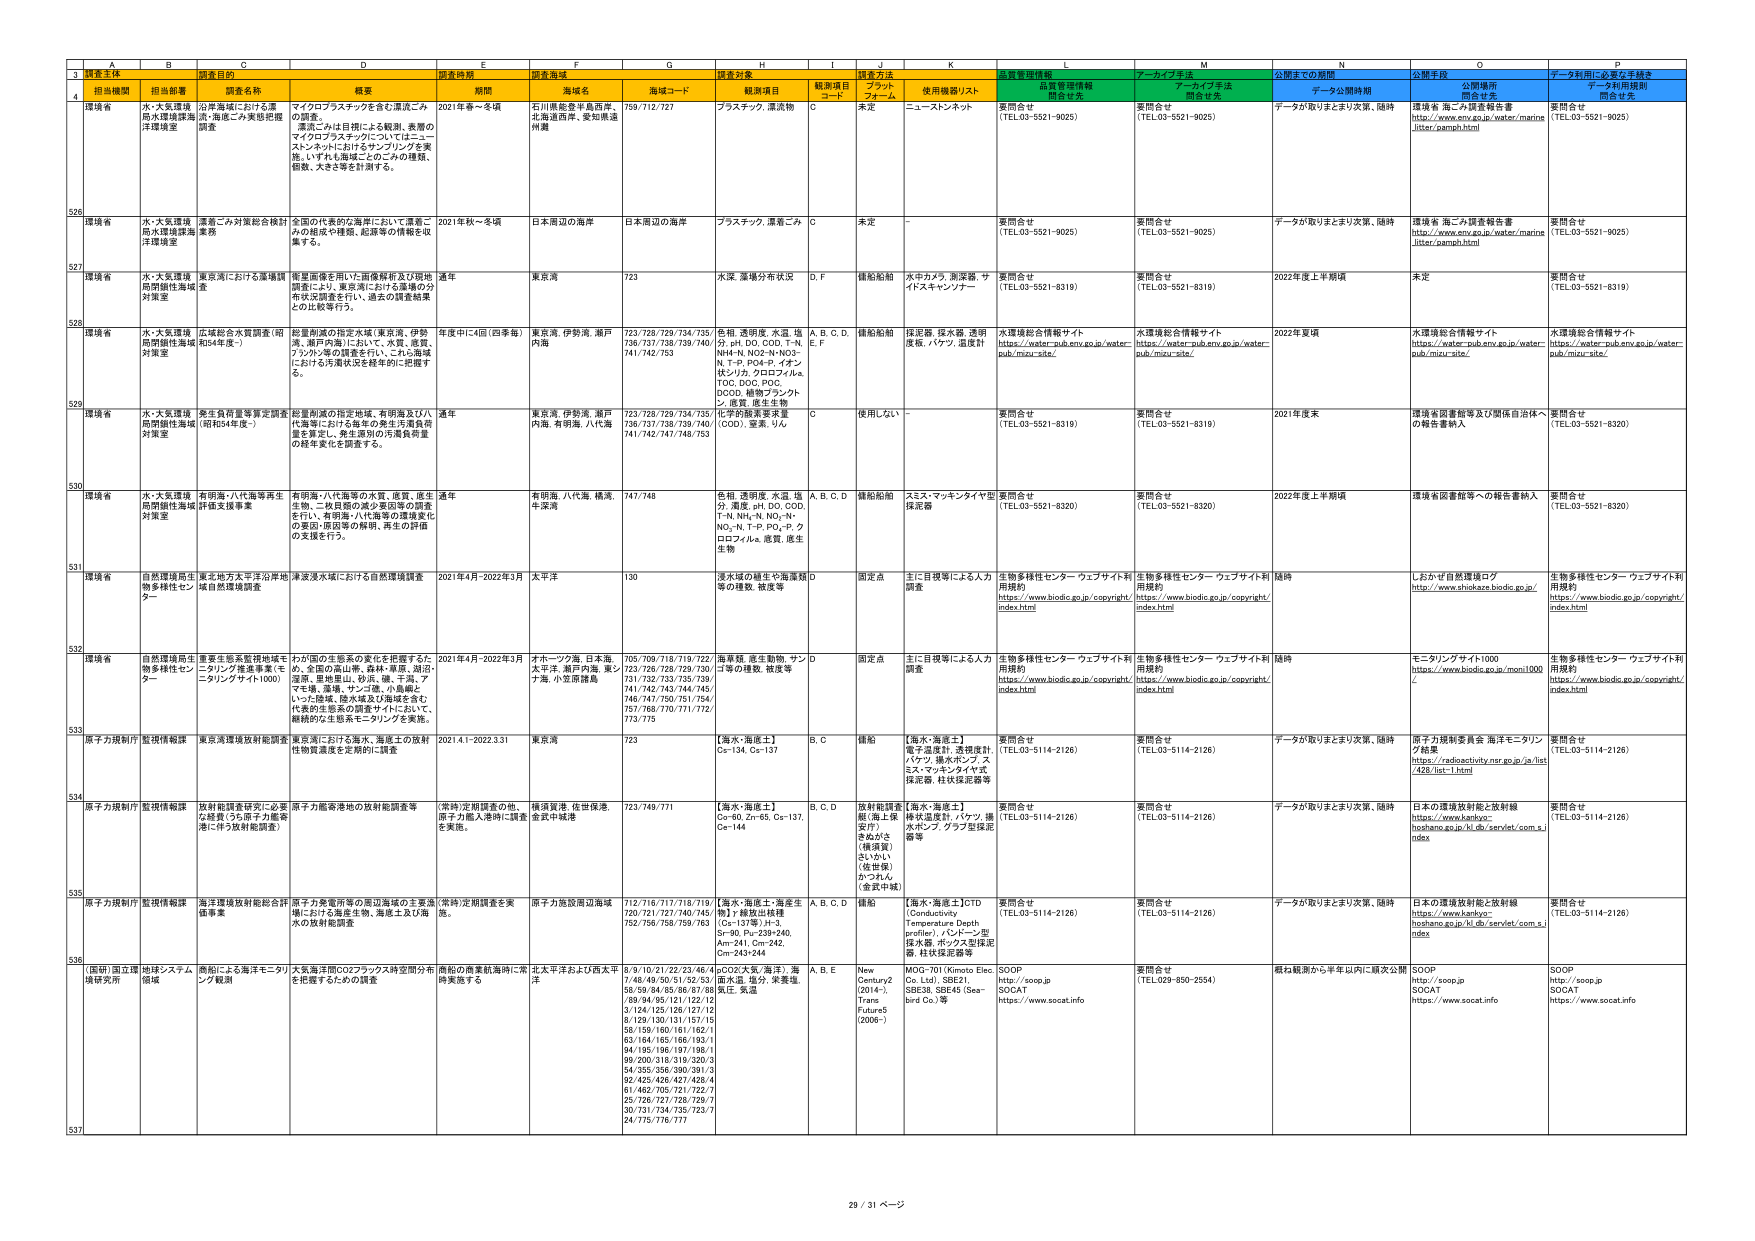
A
B
C
D
E
F
G
H
I
J
K
L
M
N
O
P
3
調査主体
調査時期
調査海域
調査対象
監視管理情報
公開までの期間
公開手段
データ利用に必要な手続き
4
担当機関
担当部署
調査名称
概要
期間
海域名
海域コード
観測項目
観測項目コード
調査方法
ブロットフォーム
使用機器リスト
関係合先
データ公開時期
公開場所
関係合先
データ利用規則
関係合先
526
環境省
水・大気環境局水環境課海洋環境室
漂着ごみ対策総合検討業務
全国の代表的な海岸において漂着ごみの組成や種類、起源等の情報を収集する。
2021年秋～冬頃
日本周辺の海岸
日本周辺の海岸
プラスチック、漂着ごみ
C
未定
-
要問合せ
(TEL03-5521-9025)
要問合せ
(TEL03-5521-9025)
データが取りまとまり次第、随時
環境省 海ごみ調査報告書
http://www.env.go.jp/water/marine litter/pamph.html
要問合せ
(TEL03-5521-9025)
527
環境省
水・大気環境局持続性海域対策室
東京湾における藻類調査
衛星画像を用いた画像解析及び現地調査により、東京湾における藻類の分布状況調査を行い、過去の調査結果との比較等行う。
通年
東京湾
723
水深、藻場分布状況
D, F
錐船船舶
水中カメラ、測深器、サイトスキャンナー
要問合せ
(TEL03-5521-8319)
要問合せ
(TEL03-5521-8319)
2022年度上半期頃
未定
要問合せ
(TEL03-5521-8319)
528
環境省
水・大気環境局持続性海域対策室
広域総合水質調査（昭和54年度～）
総量削減の指定水域（東京湾、伊勢湾、瀬戸内海）において、水質、底質、プランクトン等の調査を行い、これら海域における汚濁状況を経年的に把握する。
年度中に4回（四季毎）
東京湾、伊勢湾、瀬戸内海
723/728/729/734/735/736/737/738/739/740/741/742/753
色相、透明度、水温、塩分、濁度、pH、DO、COD、T-N、NH4-N、NO2-N、NO3-N、T-P、PO4-P、イオン状シリカ、クロロフィルa、TOD、DOC、POC、DCOD、植物プランクトン、底質、底生生物
A, B, C, D, E, F
錐船船舶
採泥器、採水器、透明度板、バケット、温度計
水環境総合情報サイト
https://water-pub.env.go.jp/water-pub/mizur-site/
水環境総合情報サイト
https://water-pub.env.go.jp/water-pub/mizur-site/
2022年夏頃
水環境総合情報サイト
https://water-pub.env.go.jp/water-pub/mizur-site/
水環境総合情報サイト
https://water-pub.env.go.jp/water-pub/mizur-site/
529
環境省
水・大気環境局持続性海域対策室
多生質再現等実定調査（昭和54年度～）
総量削減の指定地域、有明海及び八代海等における毎年の発生汚濁負荷量を算定し、発生源別の汚濁負荷量の経年変化を調査する。
通年
東京湾、伊勢湾、瀬戸内海、有明海、八代海
723/728/729/734/735/736/737/738/739/740/741/742/747/748/753
化学的酸素要求量（COD）、窒素、りん
C
使用しない
要問合せ
(TEL03-5521-8319)
要問合せ
(TEL03-5521-8319)
2021年度末
環境省 回避総合及び関係自治体への報告書納入
要問合せ
(TEL03-5521-8320)
530
環境省
水・大気環境局持続性海域対策室
有明海・八代海等再生計画支援事業
有明海・八代海等の水質、底質、底生生物、一般景観の約2年回復の調査を行い、有明海・八代海等の環境変化の原因・原因等の解明、再生の計画の支援を行う。
通年
有明海、八代海、横浜、牛深湾
747/748
色相、透明度、水温、塩分、濁度、pH、DO、COD、T-N、NH4-N、NO3-N、NO2-N、T-P、PO4-P、クロロフィルa、底質、底生生物
A, B, C, D
錐船船舶
スミス・マッキンタイヤ型採泥器
要問合せ
(TEL03-5521-8320)
要問合せ
(TEL03-5521-8320)
2022年度上半期頃
環境省 回避総合等への報告書納入
要問合せ
(TEL03-5521-8320)
531
環境省
自然環境局生物多様性センター
東北地方太平洋沖地震域自然環境調査
津波浸水域における自然環境調査
2021年4月～2022年3月
太平洋
130
浸水域の植生や海底様等の種類、被度等
D
固定点
主に目視等による人力調査
生物多様性センター ウェブサイト利用規約
https://www.biodic.go.jp/copyright/index.html
生物多様性センター ウェブサイト利用規約
https://www.biodic.go.jp/copyright/index.html
随時
しおかぜ自然環境ログ
http://www.shiokaze.biodic.go.jp/
生物多様性センター ウェブサイト利用規約
https://www.biodic.go.jp/copyright/index.html
532
環境省
自然環境局生物多様性センター
重要生態系監視地域モニタリング推進事業（モニタリングサイト1000）
わが国の生態系の変化を把握するため、全国の富山県、新潟・県境、福井・滋賀、里地里山、砂浜、磯、干潟、アマモ場、湿地、サンゴ場、小島嶼といった陸域・陸水域及び海域を含む代表的生態系の調査サイトにおいて、継続的な生態系モニタリングを実施。
2021年4月～2022年3月
オホーツク海、日本海、太平洋、瀬戸内海、東シナ海、小笠原諸島
705/709/718/719/722/723/726/728/729/730/731/732/733/735/739/741/742/743/744/745/746/747/750/751/754/757/768/770/771/772/773/775
海岸植、底生動物、サンゴ等の種数、被度等
D
固定点
主に目視等による人力調査
生物多様性センター ウェブサイト利用規約
https://www.biodic.go.jp/copyright/index.html
生物多様性センター ウェブサイト利用規約
https://www.biodic.go.jp/copyright/index.html
随時
モニタリングサイト1000
https://www.biodic.go.jp/monit1000/
生物多様性センター ウェブサイト利用規約
https://www.biodic.go.jp/copyright/index.html
533
原子力規制庁
監視情報課
東京湾環境放射能調査
東京湾における海水、海底土の放射性物質濃度を定期的に調査
2021.4.1～2022.3.31
東京湾
723
【海水・海底土】Cs-134, Cs-137
B, C
錐船
【海水・海底土】電子温度計、急視度計、バケット、測光ポンド、スミス・マッキンタイヤ式採泥器、柱状採泥器等
要問合せ
(TEL03-5114-2126)
要問合せ
(TEL03-5114-2126)
データが取りまとまり次第、随時
原子力規制委員会 海洋モニタリング結果
https://radioactivity.nsr.go.jp/ja/list/428/list-1.html
要問合せ
(TEL03-5114-2126)
534
原子力規制庁
監視情報課
放射能調査研究に必要な経費（うち原子力産業港に伴う放射能調査）
原子力産業港地の放射能調査等
（常時）定期調査の他、原子力個人港時に調査を実施。
横浜貨港、佐世保港、金沢中城港
723/749/771
【海水・海底土】Co-60, Zn-65, Cs-137, Ce-144
B, C, D
放射能調査艇（海上保安庁）きぬがさ（横須賀）さいかい（佐世保）かづれん（金沢中城）
【海水・海底土】棒状温度計、バケット、揚水ポンプ、グリフ型採泥器等
要問合せ
(TEL03-5114-2126)
要問合せ
(TEL03-5114-2126)
データが取りまとまり次第、随時
日本の環境放射能と放射線
https://www.kankyo-hoshano.go.jp/kl_db/servlet/com.s/index
要問合せ
(TEL03-5114-2126)
535
原子力規制庁
監視情報課
海洋環境放射能総合評価事業
原子力発電所等の周辺海域の主要港場における海産生物、海底土及び海水の放射能調査
（常時）定期調査を実施。
原子力施設周辺海域
712/716/717/718/719/720/721/727/740/745/752/756/758/759/763
【海水・海底土・海産生 物】γ線放出核種（Cs-137等）,H-3, Sr-90, Pu-239+240, Am-241, Cm-242, Cm-243/244
A, B, C, D
錐船
【海水・海底土】CTD（Conductivity Temperature Depth profiler）、バードーン型採水器、ポックス型採泥器、柱状採泥器等
要問合せ
(TEL03-5114-2126)
要問合せ
(TEL03-5114-2126)
データが取りまとまり次第、随時
日本の環境放射能と放射線
https://www.kankyo-hoshano.go.jp/kl_db/servlet/com.s/index
要問合せ
(TEL03-5114-2126)
536
（国研）国立環境研究所
地球システム領域
動態による海洋モニタリング観測
大気海洋RCO2フラックス時空間分布を把握するための調査
動態の商業航海時に常時実施する
北太平洋および西太平洋
8/9/10/21/22/23/46/47/46/49/50/51/52/53/58/59/84/85/86/87/88/89/94/95/121/122/123/124/125/126/127/128/129/130/131/157/158/159/160/161/162/163/164/165/166/193/194/195/196/197/198/199/200/318/319/320/354/355/356/390/391/392/425/426/427/428/461/462/705/721/722/725/726/727/728/729/730/731/734/735/739/741/775/776/777
CO2（大気/海洋）、海水温、塩分、酸素量、気温
A, B, E
New Century2（2014-）, Trans Future5（2006-）
MOG-701（Kirento Elec Co., Ltd.）, SBE21, SBE38, SBE45（Sea-bird Co.）等
SOOP, http://soop.jp SOCAT https://www.socat.info
要問合せ
(TEL029-950-2554)
概ね観測から半年以内に順次公開
SOOP http://soop.jp SOCAT https://www.socat.info
SOOP http://soop.jp SOCAT https://www.socat.info
537
29 / 31 ページ